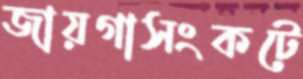
জায়গাসংকটে